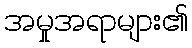
အမှုအရာများ၏